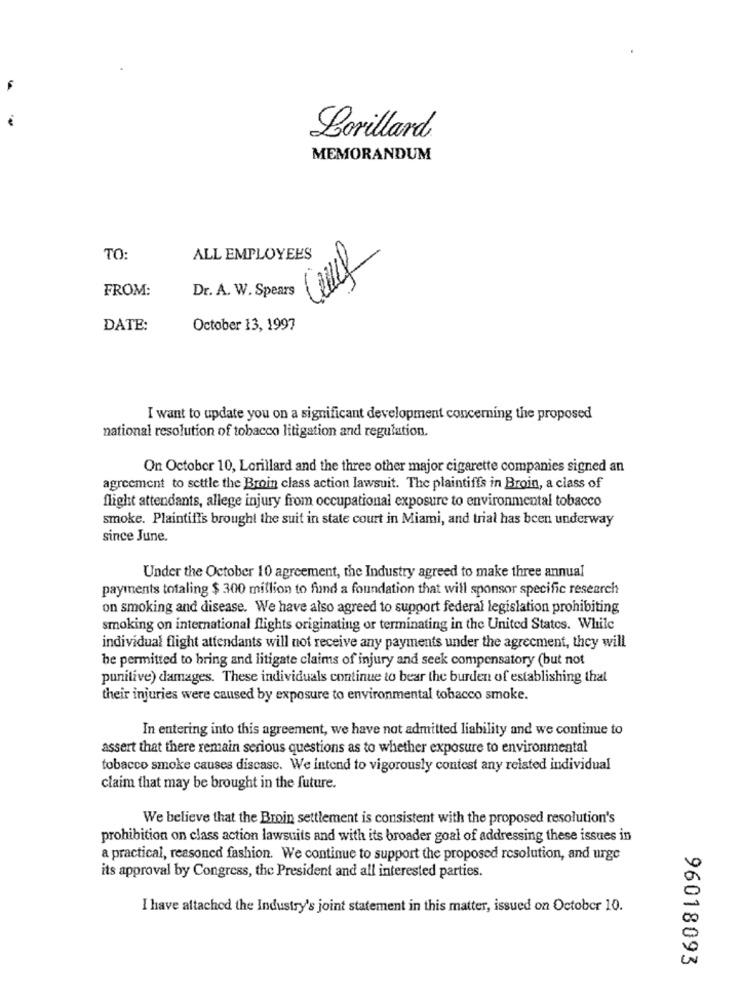
Lorillard
MEMORANDUM
TO:
ALL EMPLOYEES
FROM:
Dr. A. W. Spears
DATE:
October 13, 1997
I want to update you on a significant development concerning the proposed
national resolution of tobacco litigation and regulation.
On October 10, Lorillard and the three other major cigarette companies signed an
agreement to settle the Broin class action lawsuit. The plaintiffs in Broin, a class of
flight attendants, allege injury from occupational exposure to environmental tobacco
smoke. Plaintiffs brought the suit in state court in Miami, and trial has been underway
since June.
Under the October 10 agreement, the Industry agreed to make three annual
payments totaling $ 300 million to fund a foundation that will sponsor specific research
on smoking and disease. We have also agreed to support federal legislation prohibiting
smoking on international flights originating or terminating in the United States. While
individual flight attendants will not receive any payments under the agreement, they will
be permitted to bring and litigate claims of injury and seek compensatory (but not
punitive) damages. These individuals continue to bear the burden of establishing that
their injuries were caused by exposure to environmental tobacco smoke.
In entering into this agreement, we have not admitted liability and we continue to
assert that there remain serious questions as to whether exposure to environmental
tobacco smoke causes discase. We intend to vigorously contest any related individual
claim that may be brought in the future.
We believe that the Broin settlement is consistent with the proposed resolution's
prohibition on class action lawsuits and with its broader goal of addressing these issues in
a practical, reasoned fashion. We continue to support the proposed resolution, and urge
its approval by Congress, the President and all interested parties.
I have attached the Industry's joint statement in this matter, issued on October 10.
96018093